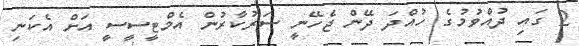
2 ގައި ދުއްވުމުގެ ހުއްދަ ދޭން ޖެހޭނީ ސަރުކާރުން އެމްޓީސީސީ އަށް އެކަނި